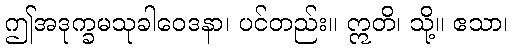
ဤအဒုက္ခမသုခါဝေဒနာ၊ ပင်တည်း။ ဣတိ၊ သို့။ ဧသာ၊